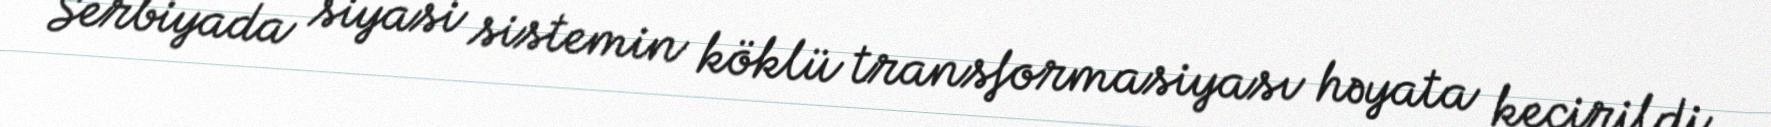
Serbiyada siyasi sistemin köklü transformasiyası həyata keçirildi.